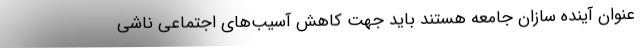
عنوان آینده سازان جامعه هستند باید جهت کاهش آسیب‌های اجتماعی ناشی